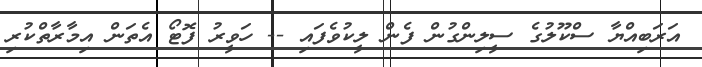
އަރަބިއްޔާ ސްކޫލުގެ ސީލިންގުން ފެން ލީކުވެފައި -- ހަވީރު ފޮޓޯ އެތަން އިމާރާތްކުރި